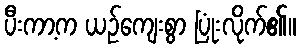
ပီးကာ့က ယဉ်ကျေးစွာ ပြုံးလိုက်၏။